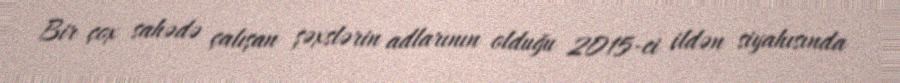
Bir çox sahədə çalışan şəxslərin adlarının olduğu 2015-ci ildən siyahısında